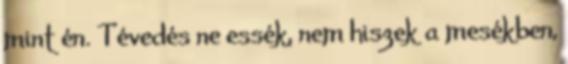
mint én. Tévedés ne essék, nem hiszek a mesékben,